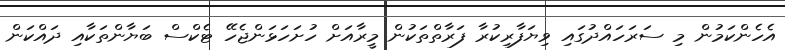
އެހެންކަމުން މި ސަރަހައްދުގައި ވިޔަފާރިކުރާ ފަރާތްތަކުން މީރާއަށް ހުށަހަޅަންޖެހޭ ޓެކްސް ބަޔާންތަކާއި ދައްކަން